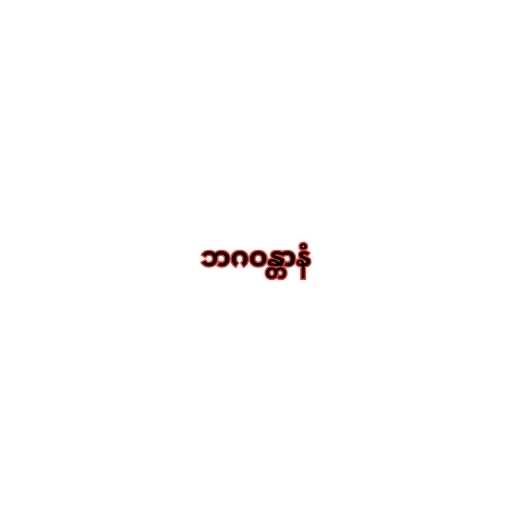
ဘဂဝန္တာနံ